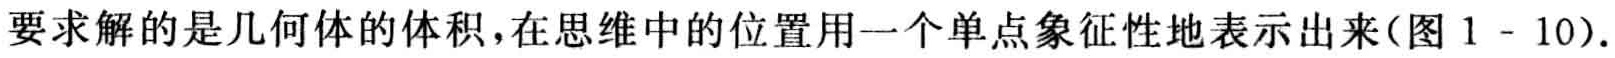
要求解的是几何体的体积，在思维中的位置用一个单点象征性地表示出来(图 1 - 10).